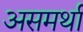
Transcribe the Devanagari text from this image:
असमर्था